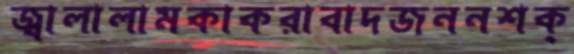
জ্বালালামকাকরাবাদজননশক্